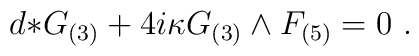
d{*}G_{(3)}+ 4i \kappa G_{(3)} \wedge F_{(5)}=0\ .